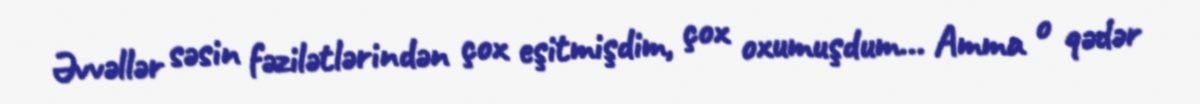
Əvvəllər səsin fəzilətlərindən çox eşitmişdim, çox oxumuşdum... Amma o qədər